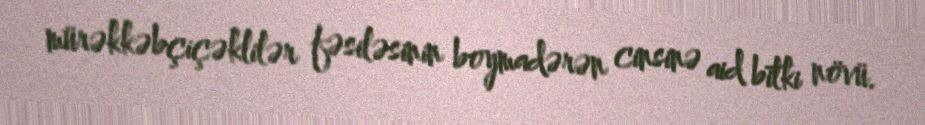
mürəkkəbçiçəklilər fəsiləsinin boymadərən cinsinə aid bitki növü.